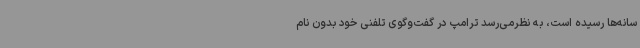
سانه‌ها رسیده است، به نظرمی‌رسد ترامپ در گفت‌وگوی تلفنی خود بدون نام